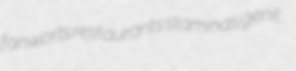
fanworts restaurants staminas genit.